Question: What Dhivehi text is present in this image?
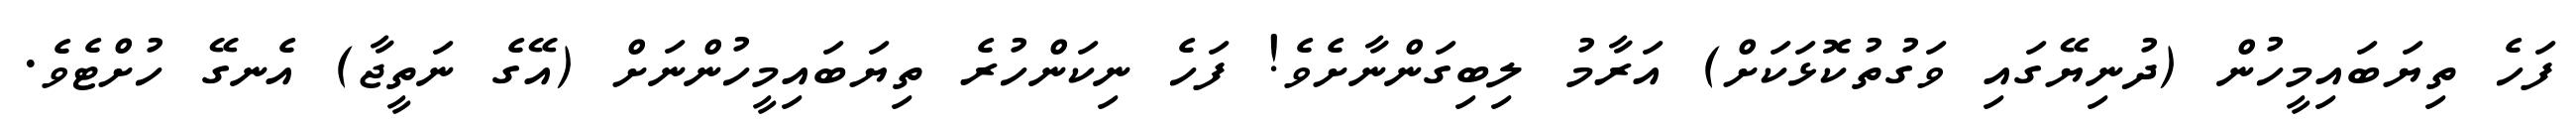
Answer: ފަހެ ތިޔަބައިމީހުން (ދުނިޔޭގައި ވަގުތުކޮޅަކަށް) އަރާމު ލިބިގަންނާށެވެ! ފަހެ ނިކަންހުރެ ތިޔަބައިމީހުންނަށް (އޭގެ ނަތީޖާ) އެނގޭ ހުށްޓެވެ.